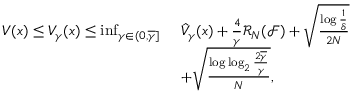
\begin{array} { r l } { V ( x ) \leq V _ { \gamma } ( x ) \leq \operatorname* { i n f } _ { \gamma \in ( 0 , \overline { { \gamma } } ] } } & { \ \hat { V } _ { \gamma } ( x ) + \frac { 4 } { \gamma } \mathcal { R } _ { N } ( \mathcal { F } ) + \sqrt { \frac { \log \frac { 1 } { \delta } } { 2 N } } } \\ & { \ + \sqrt { \frac { \log \log _ { 2 } \frac { 2 \overline { { \gamma } } } { \gamma } } { N } } , } \end{array}